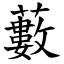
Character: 藪